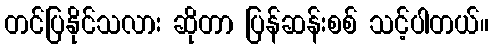
တင်ပြနိုင်သလား ဆိုတာ ပြန်ဆန်းစစ် သင့်ပါတယ်။